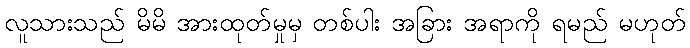
လူသားသည် မိမိ အားထုတ်မှုမှ တစ်ပါး အခြား အရာကို ရမည် မဟုတ်